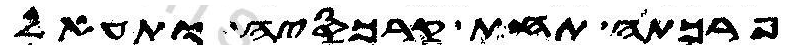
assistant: פרכתה תחת קרכסיה ותעאל